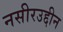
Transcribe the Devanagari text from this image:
नसीरउद्दीन